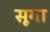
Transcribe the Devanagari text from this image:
सूगा